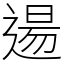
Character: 逿